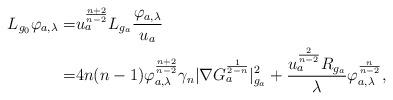
LaTeX: \begin{align*}L_{g_{0}} \varphi_{a, \lambda}= &u_{a}^{\frac{n+2}{n-2}}L_{g_{ a }}\frac{\varphi_{a, \lambda}}{u_{a}} \\= &4n(n-1)\varphi_{a, \lambda}^{\frac{n+2}{n-2}}\gamma_{n}\vert \nabla G_{ a }^{\frac{1}{2-n}} \vert^{2}_{g_{a}}+\frac{u_{a}^{\frac{2}{n-2}}R_{g_{a}}}{\lambda}\varphi_{a, \lambda}^{\frac{n}{n-2}},\end{align*}